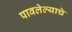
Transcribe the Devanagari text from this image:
पावलेल्याचे